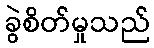
ခွဲစိတ်မှုသည်